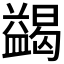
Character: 𭾓